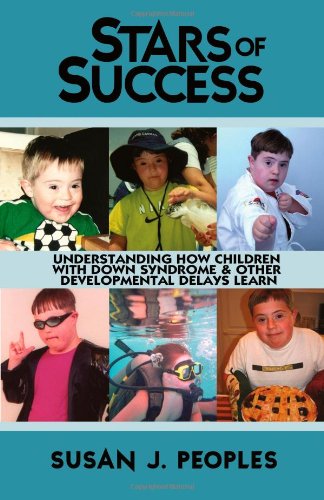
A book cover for Stars of Success: Understanding How Children With Down Syndrome Learn; Susan J. Peoples; Health, Fitness & Dieting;